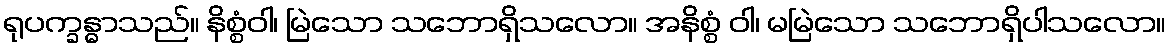
ရုပက္ခန္ဓာသည်။ နိစ္စံဝါ၊ မြဲသော သဘောရှိသလော။ အနိစ္စံ ဝါ၊ မမြဲသော သဘောရှိပါသလော။